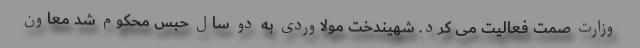
وزارت صمت فعالیت می کرد. شهیندخت مولاوردی به دو سال حبس محکوم شد معاون